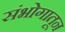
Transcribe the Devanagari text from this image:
संभोगातून